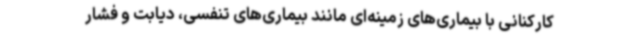
کارکنانی با بیماری‌های زمینه‌ای مانند بیماری‌های تنفسی، دیابت و فشار